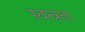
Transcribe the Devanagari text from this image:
स्वत्त्रता